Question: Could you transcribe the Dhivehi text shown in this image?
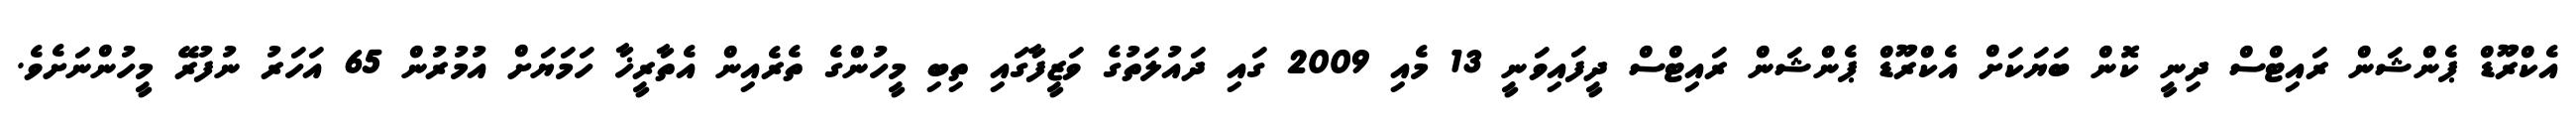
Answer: އެކްރޫޑް ޕެންޝަން ރައިޓްސް ދިނީ ކޮން ބަޔަކަށް އެކްރޫޑް ޕެންޝަން ރައިޓްސް ދީފައިވަނީ 13 މެއި 2009 ގައި ދައުލަތުގެ ވަޒީފާގައި ތިބި މީހުންގެ ތެރެއިން އެތާރީޚާ ހަމަޔަށް އުމުރުން 65 އަހަރު ނުފުރޭ މީހުންނަށެވެ.